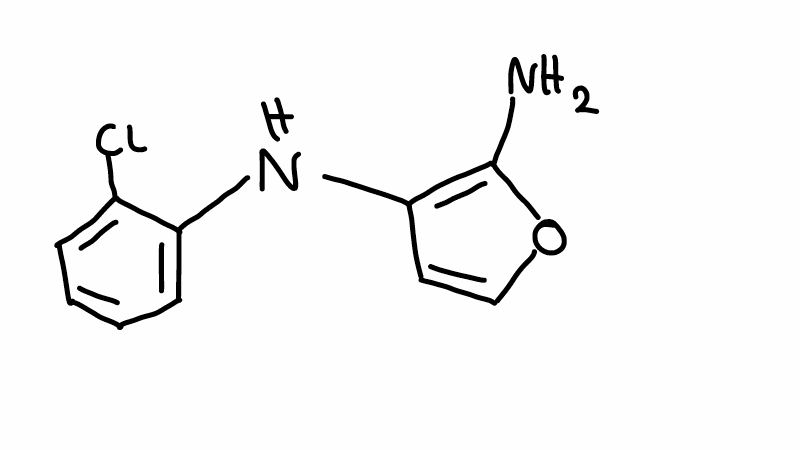
Simplified molecular-input line-entry system (SMILES) notation of the given molecule:
C1=CC=C(C(=C1)NC2=C(OC=C2)N)Cl